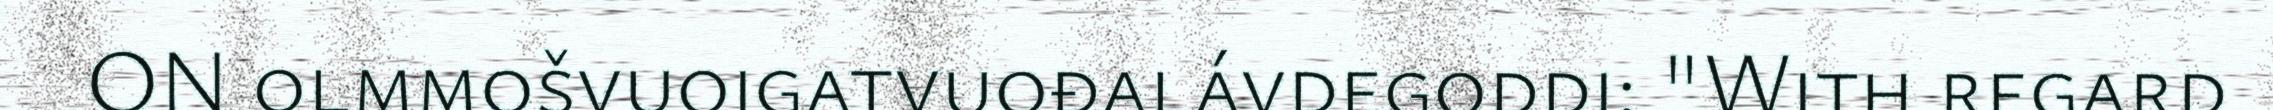
ON olmmošvuoigatvuođalávdegoddi: "With regard